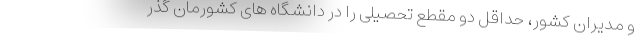
و مدیران کشور، حداقل دو مقطع تحصیلی را در دانشگاه های کشورمان گذر